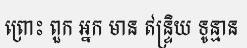
ព្រោះ ពួក អ្នក មាន ឥន្ទ្រិយ ទូន្មាន